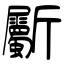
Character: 斸